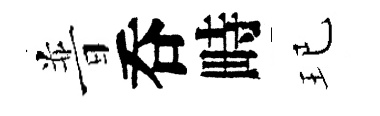
普呑畤玘